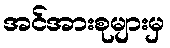
အင်အားစုများမှ